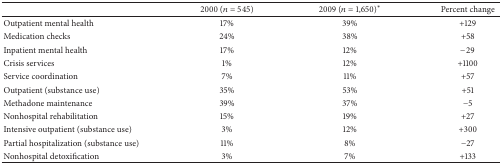
<table><thead><tr><td><b> </b></td><td><b>2000 (<i>n</i> = 545)</b></td><td><b>2009 (<i>n</i> = 1,650)∗</b></td><td><b>Percent change</b></td></tr></thead><tbody><tr><td>Outpatient mental health</td><td>17%</td><td>39%</td><td>+129</td></tr><tr><td>Medication checks</td><td>24%</td><td>38%</td><td>+58</td></tr><tr><td>Inpatient mental health</td><td>17%</td><td>12%</td><td>−29</td></tr><tr><td>Crisis services</td><td>1%</td><td>12%</td><td>+1100</td></tr><tr><td>Service coordination</td><td>7%</td><td>11%</td><td>+57</td></tr><tr><td>Outpatient (substance use)</td><td>35%</td><td>53%</td><td>+51</td></tr><tr><td>Methadone maintenance</td><td>39%</td><td>37%</td><td>−5</td></tr><tr><td>Nonhospital rehabilitation</td><td>15%</td><td>19%</td><td>+27</td></tr><tr><td>Intensive outpatient (substance use)</td><td>3%</td><td>12%</td><td>+300</td></tr><tr><td>Partial hospitalization (substance use)</td><td>11%</td><td>8%</td><td>−27</td></tr><tr><td>Nonhospital detoxification</td><td>3%</td><td>7%</td><td>+133</td></tr></tbody></table>